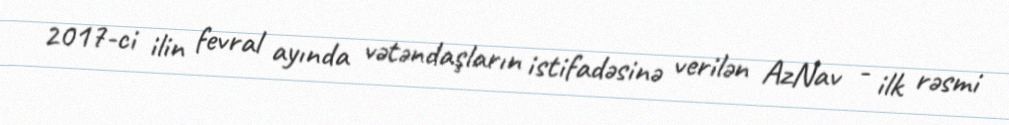
2017-ci ilin fevral ayında vətəndaşların istifadəsinə verilən AzNav - ilk rəsmi